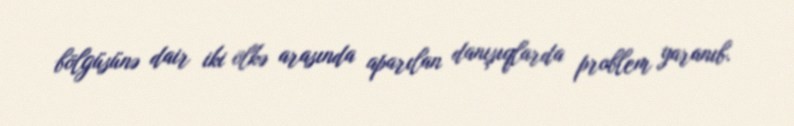
bölgüsünə dair iki ölkə arasında aparılan danışıqlarda problem yaranıb.